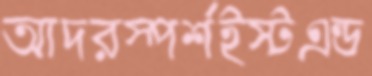
আদরস্পর্শইস্টএন্ড